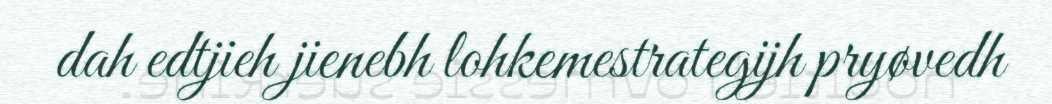
dah edtjieh jienebh lohkemestrategijh pryøvedh